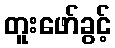
တူးဖော်ခွင့်